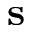
\mathbf { s }